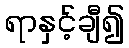
ရာနှင့်ချီ၍